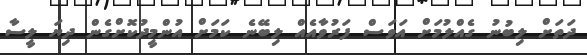
ދަތަށް ލިބުނު ގެއްލުމަށް އަވަސް ފަރުވާއެއް ލިބޭނެ ކަމަށް އުންމީދުކޮށްގެން ދިޔަ ލީސާ